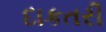
દાકતરી